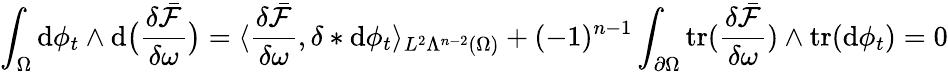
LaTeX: \int_{\Omega}\mathrm{d}\phi_{t}\wedge\mathrm{d}\big(\frac{{\delta\bar{{\mathcal{{F}}}}}}{{\delta\omega}}\big)=\langle\frac{{\delta\bar{{\mathcal{{F}}}}}}{{\delta\omega}},\delta\ast\mathrm{d}\phi_{t}\rangle_{L^{2}\Lambda^{n-2}(\Omega)}+(-1)^{n-1}\int_{\partial\Omega}\mathrm{{tr}}(\frac{{\delta\bar{{\mathcal{{F}}}}}}{{\delta\omega}})\wedge\mathrm{{tr}}(\mathrm{d}\phi_{t})=0